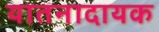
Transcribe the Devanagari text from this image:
यातनादायक